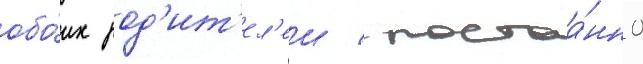
обо́их род'ит'ел'еи / постоа́нно